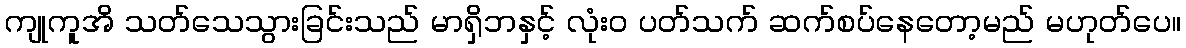
ကျုကူအိ သတ်သေသွားခြင်းသည် မာရှိဘနှင့် လုံးဝ ပတ်သက် ဆက်စပ်နေတော့မည် မဟုတ်ပေ။